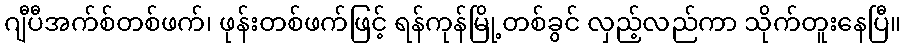
ဂျီပီအက်စ်တစ်ဖက်၊ ဖုန်းတစ်ဖက်ဖြင့် ရန်ကုန်မြို့တစ်ခွင် လှည့်လည်ကာ သိုက်တူးနေပြီ။